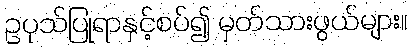
ဥပုသ်ပြုရာနှင့်စပ်၍ မှတ်သားဖွယ်များ။